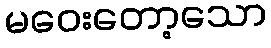
မဝေးတော့သော